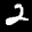
Label: 2